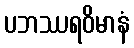
ပဘဿရဝိမာနံ